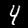
Digit: 4